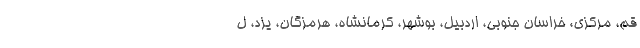
قم، مرکزی، خراسان جنوبی، اردبیل، بوشهر، کرمانشاه، هرمزگان، یزد، ل